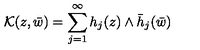
{ \cal K } ( z , \bar { w } ) = \sum _ { j = 1 } ^ { \infty } h _ { j } ( z ) \wedge \bar { h } _ { j } ( \bar { w } )